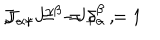
J _ { - + } = - J _ { + - } = 1 \hspace { 2 m m } , \hspace { 2 m m } J _ { \alpha \gamma } J ^ { \gamma \beta } = \delta _ { \alpha } ^ { \beta } \, ,